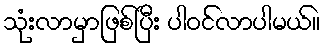
သုံးလာမှာဖြစ်ပြီး ပါဝင်လာပါမယ်။